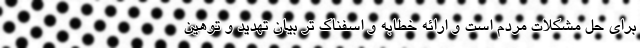
برای حل مشکلات مردم است و ارائه خطابه و اسفناک تر بیان تهدید و توهین